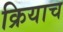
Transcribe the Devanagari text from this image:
क्रियाच